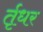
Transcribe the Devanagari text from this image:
र्तृधर